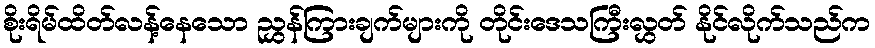
စိုးရိမ်ထိတ်လန့်နေသော ညွှန်ကြားချက်များကို တိုင်းဒေသကြီးလွှတ် နိုင်လိုက်သည်က